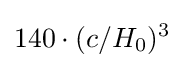
140\cdot (c/H_{0})^{3}